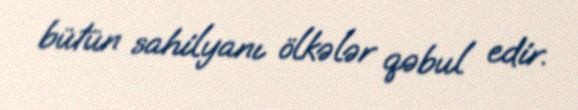
bütün sahilyanı ölkələr qəbul edir.